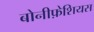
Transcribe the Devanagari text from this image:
बोनीफ़ेशियस